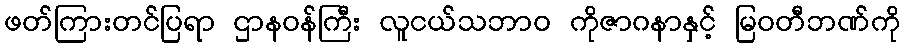
ဖတ်ကြားတင်ပြရာ ဌာနဝန်ကြီး လူငယ်သဘာ၀ ကိုဇာဂနာနှင့် မြဝတီဘဏ်ကို